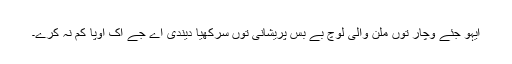
ایہو جئے وچار توں ملن والی لوچ بے بس پریشانی توں سرکھیا دیندی اے جے اک اوپا کم نہ کرے۔